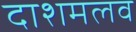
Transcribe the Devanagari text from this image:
दाशमलव